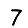
Digit: 7